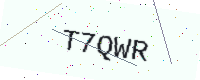
Text: T7QWR